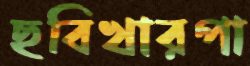
ছবিখারপা